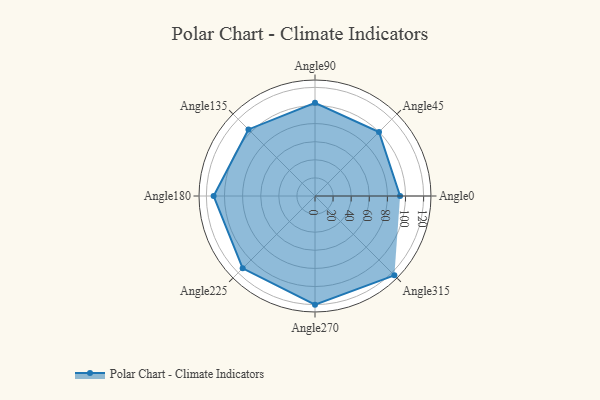
{"axis": {"x": "Angle", "y": "Radius"}, "legend": [""], "data": [{"x": "Angle0", "y": 94.0, "type": ""}, {"x": "Angle45", "y": 100.0, "type": ""}, {"x": "Angle90", "y": 103.0, "type": ""}, {"x": "Angle135", "y": 104.0, "type": ""}, {"x": "Angle180", "y": 112.0, "type": ""}, {"x": "Angle225", "y": 113.0, "type": ""}, {"x": "Angle270", "y": 120.0, "type": ""}, {"x": "Angle315", "y": 124.0, "type": ""}]}